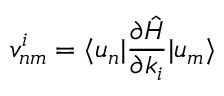
v _ { n m } ^ { i } = \langle u _ { n } | \frac { \partial \hat { H } } { \partial k _ { i } } | u _ { m } \rangle